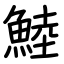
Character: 鯥